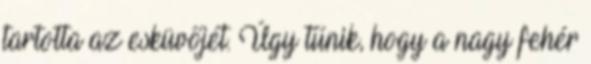
tartotta az esküvőjét. Úgy tűnik, hogy a nagy fehér